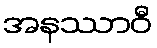
အနဿာဝီ